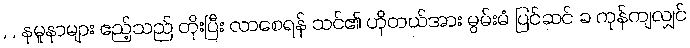
, , နမူနာများ ဧည့်သည် တိုးပြီး လာစေရန် သင်၏ ဟိုတယ်အား မွမ်းမံ ပြင်ဆင် ခ ကုန်ကျလျှင်